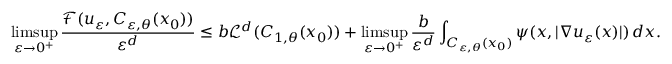
\operatorname* { l i m s u p } _ { \varepsilon \to 0 ^ { + } } \frac { \mathcal { F } ( u _ { \varepsilon } , C _ { \varepsilon , \theta } ( x _ { 0 } ) ) } { \varepsilon ^ { d } } \leq b \mathcal { L } ^ { d } ( C _ { 1 , \theta } ( x _ { 0 } ) ) + \operatorname* { l i m s u p } _ { \varepsilon \to 0 ^ { + } } \frac { b } { \varepsilon ^ { d } } \int _ { C _ { \varepsilon , \theta } ( x _ { 0 } ) } \psi ( x , | \nabla u _ { \varepsilon } ( x ) | ) \, d x .